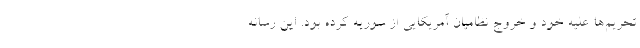
تحریم‌ها علیه خود و خروج نظامیان آمریکایی از سوریه کرده بود. این رسانه